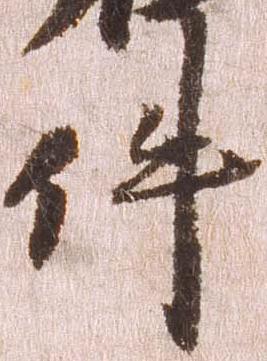
件